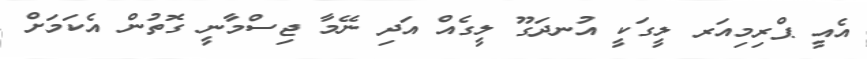
އެއީ ޕްރިމިއަރ ލީގަކީ އުނދަގޫ ލީގެއް އަދި ނޭމާ ޖިސްމާނީ ގޮތުން އެކަމަށް